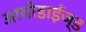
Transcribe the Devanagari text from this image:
आयोडाईज्ड